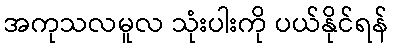
အကုသလမူလ သုံးပါးကို ပယ်နိုင်ရန်